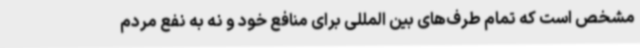
مشخص است که تمام طرف‌های بین المللی برای منافع خود و نه به نفع مردم